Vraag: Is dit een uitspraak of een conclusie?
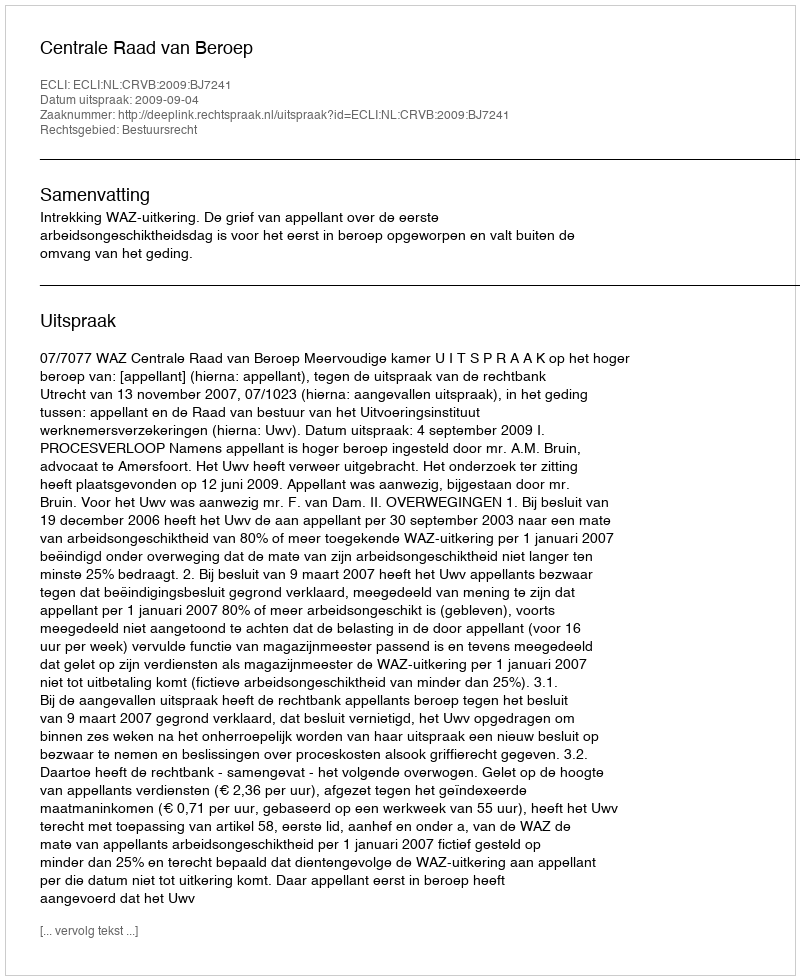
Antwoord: Uitspraak